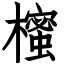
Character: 櫁